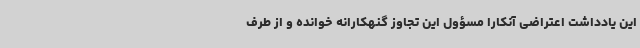
این یادداشت اعتراضی آنکارا مسؤول این تجاوز گنهکارانه خوانده و از طرف